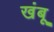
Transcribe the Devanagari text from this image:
खंबू